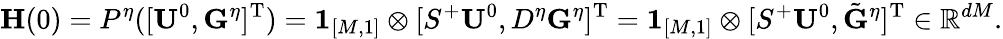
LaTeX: \mathbf{H}(0)=P^{\eta}([\mathbf{U}^{0},\mathbf{G}^{\eta}]^{\mathrm{T}})=\mathbf{1}_{[M,1]}\otimes[S^{+}\mathbf{U}^{0},D^{\eta}\mathbf{G}^{\eta}]^{\mathrm{T}}=\mathbf{1}_{[M,1]}\otimes[S^{+}\mathbf{U}^{0},\tilde{\mathbf{G}}^{\eta}]^{\mathrm{T}}\in\mathbb{R}^{dM}.